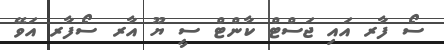
ސޯ ފާރ އައި ޖަސްޓް ކާންޓް ސީ ޔޫ އާރ ސޯފާރ އަވޭ